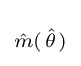
\scriptstyle {\hat {m}}(\;\!{\hat {\theta }}\;\!)